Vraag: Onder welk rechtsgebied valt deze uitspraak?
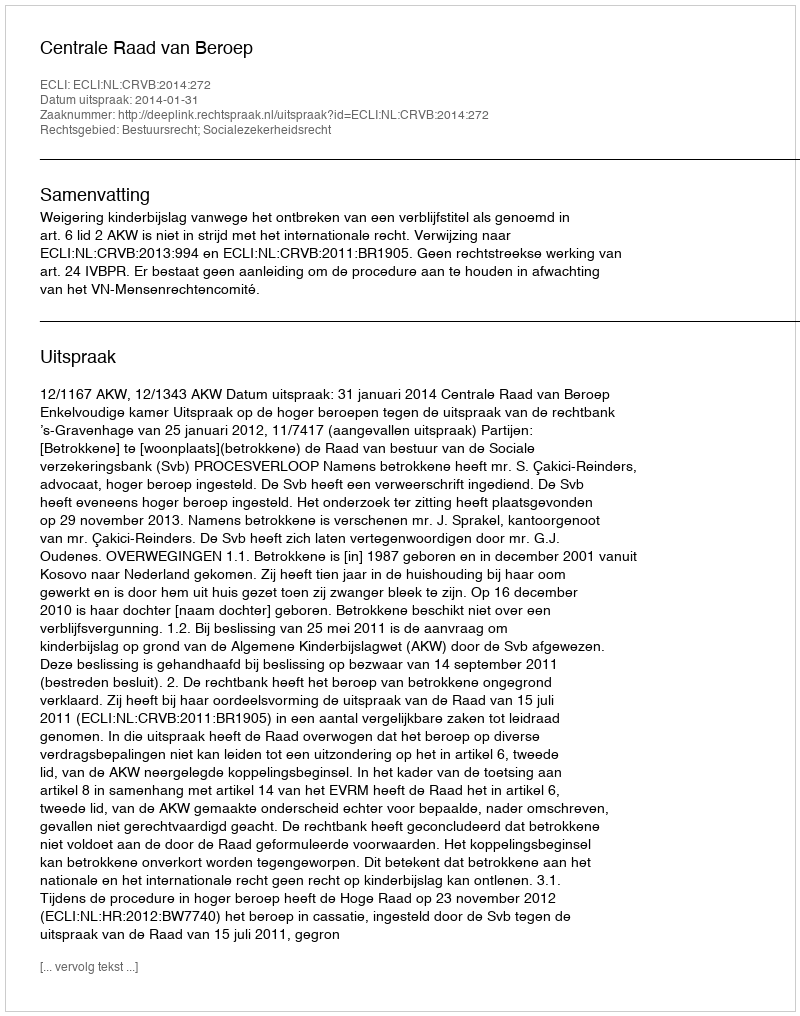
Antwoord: Bestuursrecht; Socialezekerheidsrecht